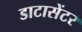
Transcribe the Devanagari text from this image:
डाटासेंटर